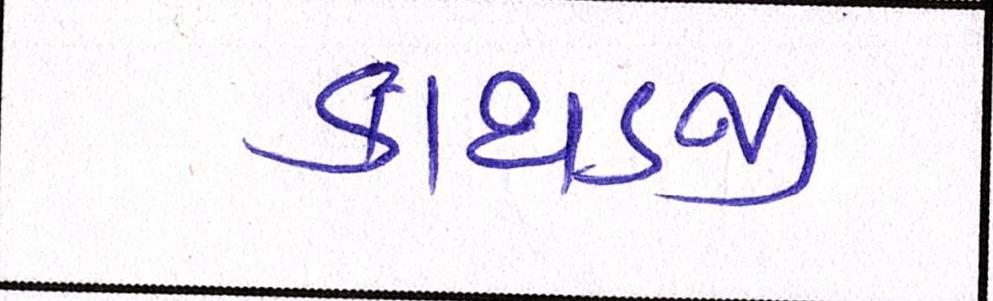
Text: કાથડજી